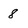
Character: 8